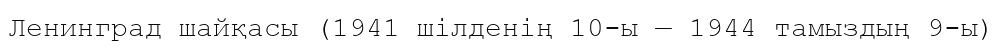
Ленинград шайқасы (1941 шілденің 10-ы — 1944 тамыздың 9-ы)